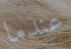
عندما